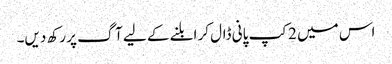
اس میں 2کپ پانی ڈال کر ابلنے کے لیے آگ پر رکھ دیں۔